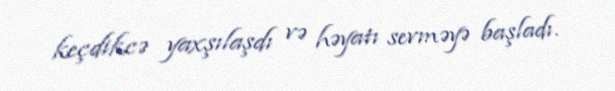
keçdikcə yaxşılaşdı və həyatı sevməyə başladı.